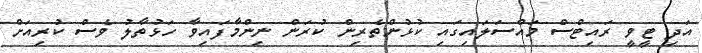
އަދި ޓީވީ ރައިޓްސް މައްސަލައިގައި ކުޅުންތެރިން ކުރަން ނިންމާފައިވާ ހަޅުތާލު ވެސް ކުރިއަށް